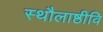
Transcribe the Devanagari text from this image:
स्थौलाष्ठीवि